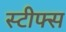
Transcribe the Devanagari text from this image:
स्टीफ्स